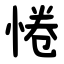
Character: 惓